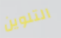
التلوين